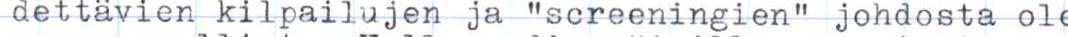
dettävien kilpailujen ja "screeningien" johdosta ole